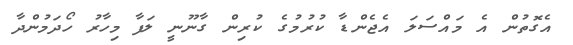
އެގޮތުން އެ މައްސަލަ އެޖެންޑާ ކުރުމުގެ ކުރިން ގާނޫނީ ލަފާ މިހާރު ހޯދަމުންދާ